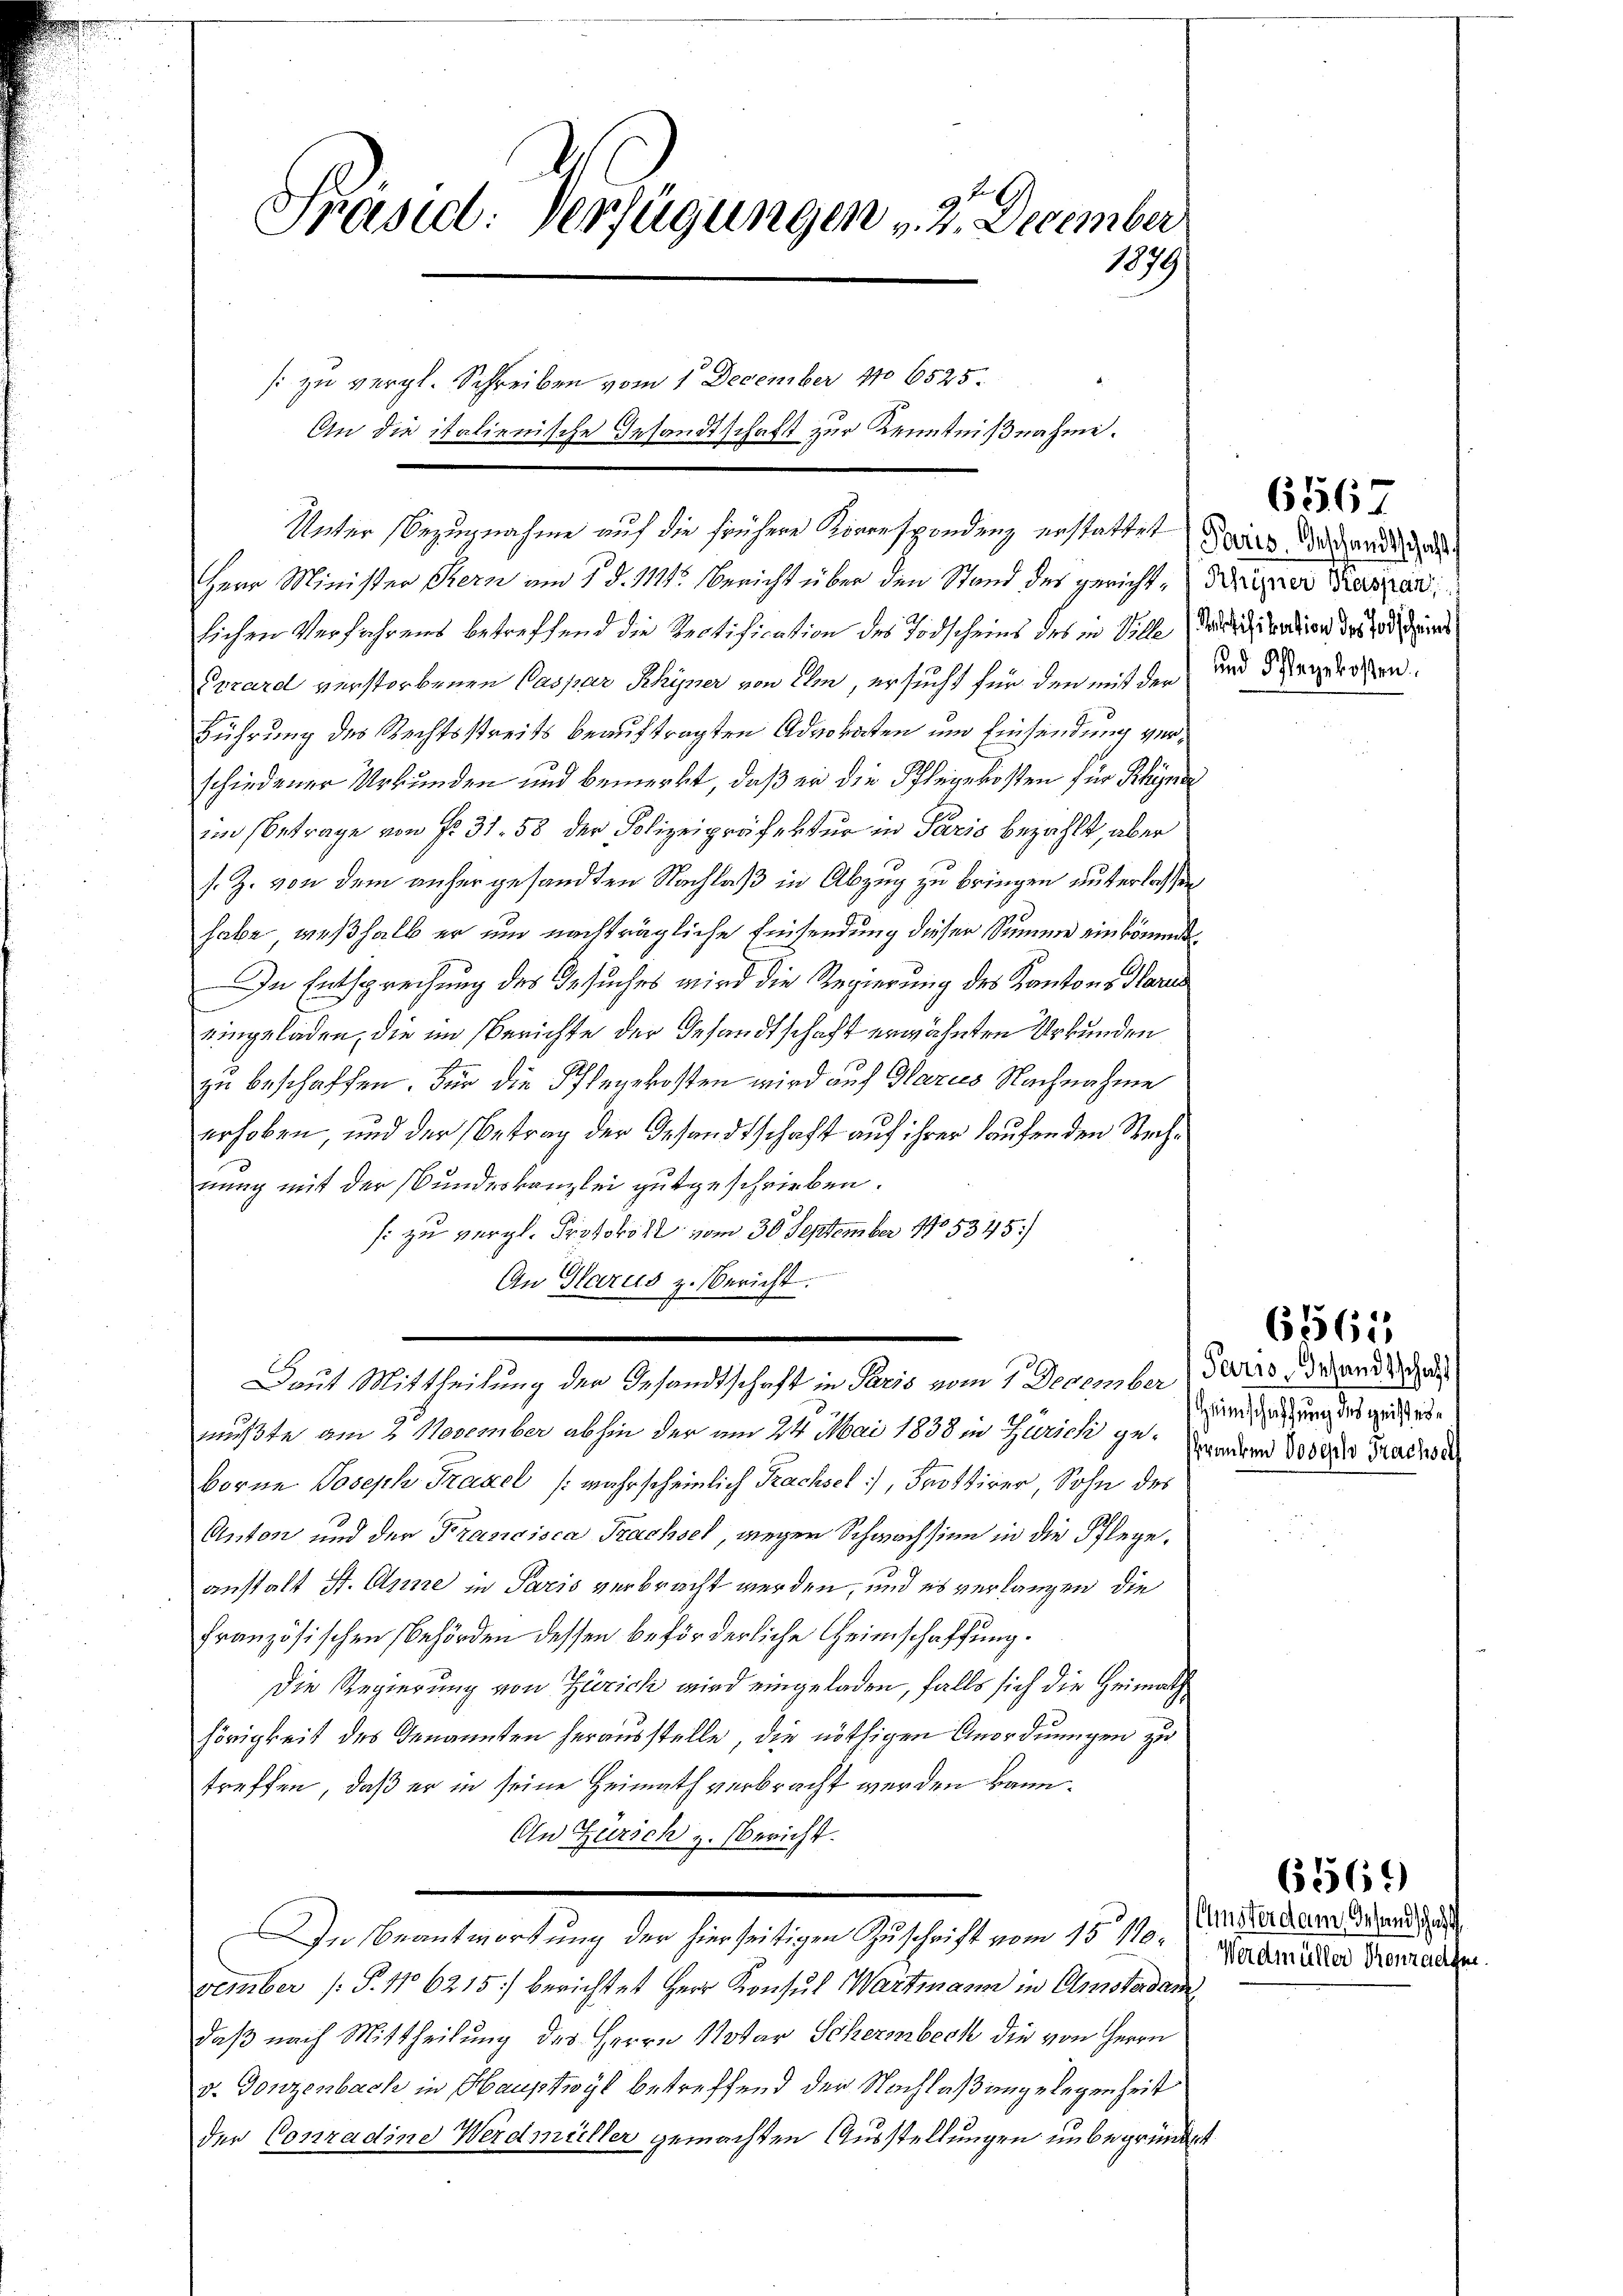
Präsid. Verfügungen - 7. December
1879

s: zu vergl. Schreiben vom 1. December 1706525.
An die italienische Gesandtschaft zur Kenntnißnahme.

Herr Minister Bern am 1. d. 111. Bericht über den Stand des gericht, diriger Kaspar
lichen Verfahrens betreffend die Rectification des Todscheins des in Villerdiention des zu seine
Prrard verstorbenen Caspar Rhyner von ihm, ersucht für der mit der und dergerren.
Führung des Rechtsstreits beauftragten Advokaten und Einsendung verschiedener Urkunden und bemerkt, daß er die Pflegekosten für Rhyner
im Betrage von P. 31. 58 der Polizeipräfektur in Paris bezahlt, aber
s. Z. von dem anhergesandten Nachlaß in Abzug zu bringen unterlassen
habe, weßhalb er und nachträgliche Einsendung dieser Summe einkoment
In Entsprechung des Gesuches wird die Regierung des Kantons Glarus
eingeladen, die im Berichte der Gesandtschaft erwähnten Urkunden
zu beschaffen. Für die Pflegekosten wird auf Glarus Nachnahme
erhoben, und der Betrag der Gesandtschaft auf ihrer laufen den Rechnung mit der Bunderkanzlei gutgeschrieben.
s: zu vergl. Protokoll vom 30 September 105345)
An Glarus z. Bericht.
Daut Mittheilung der Gesandtschaft in Paris vom 7. December, ders vorhand d
mußte am 2. November abhin der am 24. Mai 1838 in Zürich genandern 1889, Grades
borne Joseph Traxel (wahrscheinlich Prachsel, Trottirer, Sohn des
Anton und der Francisca Trachsel, wegen Schwachsinn in die Pflege,
anstalt St. Anne in Paris verbracht werden, und es verlangen, die
französischen Behörden dessen beförderliche Heimschaffung.
Die Regierung von Zürich wird eingeladen, falls sich die Heimathhörigkeit des Genannten herausstelle, die nöthigen Anordnungen zu
treffen, daß er in seine Heimath verbracht werden kann.
An Zürich z. bericht.
In Beantwortung der hierseitigen Zuschrift vom 15. 110. (Unter dem und
vember (§. 16215) berichtet Herr Konsul Wartmann in Amsterdam
daß nach Mittheilung des Herrn Notar Schermbeck die von Herrn
v. Gonzenbach in Hauptwyl betreffend der Nachlaß angelegenheit
der Conradine Werdmüller gemachten Ausstellungen unbegründet

Unter Bezugnahme auf die frühere Korrespondenz erstattet Seits ander

6567

6565

Heimschaffung des geistes¬

Werdmüller Pronzadgen.

6569